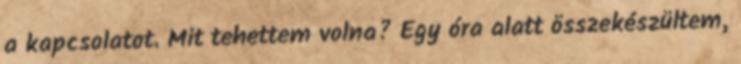
a kapcsolatot. Mit tehettem volna? Egy óra alatt összekészültem,